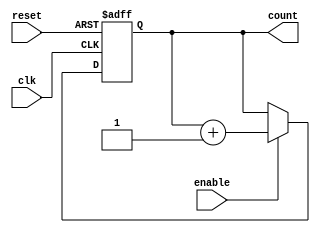
module async_counter #(parameter N = 4) (
    input wire clk,          // Clock input for the LSB
    input wire reset,        // Asynchronous reset
    input wire enable,       // Enable signal
    output reg [N-1:0] count // N-bit counter output
);

// Asynchronous counter logic
always @(posedge clk or posedge reset) begin
    if (reset) begin
        count <= 0; // Reset the counter to 0
    end else if (enable) begin
        count <= count + 1; // Increment the counter
    end
end

endmodule